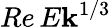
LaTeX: Re\, E\mathbf{k}^{1/3}